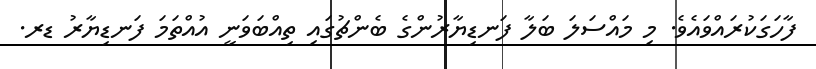
ފާހަގަކުރައްވައެވެ. މި މައްސަލަ ބަލާ ފަނޑިޔާރުންގެ ބެންޗުގައި ތިއްބަވަނީ އުއްތަމަ ފަނޑިޔާރު ޑރ.